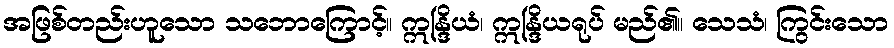
အဖြစ်တည်းဟူသော သဘောကြောင့်။ ဣန္ဒြိယံ၊ ဣန္ဒြိယရုပ် မည်၏။ သေသံ၊ ကြွင်းသော